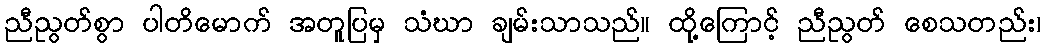
ညီညွတ်စွာ ပါတိမောက် အတူပြမှ သံဃာ ချမ်းသာသည်။ ထို့ကြောင့် ညီညွတ် စေသတည်း၊